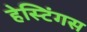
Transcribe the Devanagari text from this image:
हेस्टिंगस